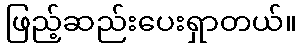
ဖြည့်ဆည်းပေးရှာတယ်။